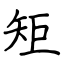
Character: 矩